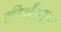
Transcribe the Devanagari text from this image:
तीर्थस्नान